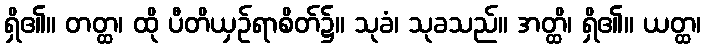
ရှိ၏။ တတ္ထ၊ ထို ပီတိယှဉ်ရာစိတ်၌။ သုခံ၊ သုခသည်။ အတ္ထိ၊ ရှိ၏။ ယတ္ထ၊